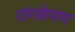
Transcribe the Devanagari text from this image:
रांगडेपण